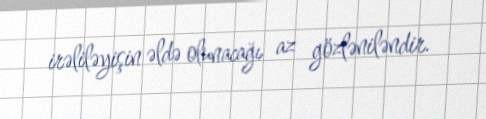
irəliləyişin əldə olunacağı az gözləniləndir.